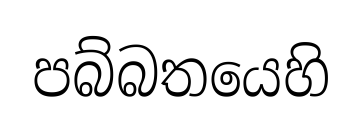
පබ්බතයෙහි